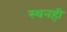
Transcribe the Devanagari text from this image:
स्थनही